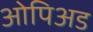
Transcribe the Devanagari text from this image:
ओपिअड